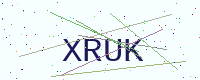
Text: XRUK